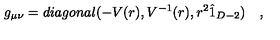
g _ { \mu \nu } = d i a g o n a l ( - V ( r ) , V ^ { - 1 } ( r ) , r ^ { 2 } \hat { 1 } _ { D - 2 } ) \quad ,